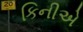
કિનીએ